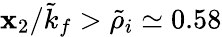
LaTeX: \mathbf{x}_{2}/\tilde{{k}}_{f}>\tilde{{\rho}}_{i}\simeq0.58